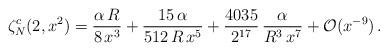
LaTeX: \begin{align*}\zeta_N^c(2,x^2)=\frac{\alpha\,R}{8\,x^3}+\frac{15\,\alpha}{512\,R\,x^5}+\frac{4035}{2^{17}}\,\frac{\alpha}{R^3\,x^7}+{\cal O}(x^{-9})\,{.}\end{align*}